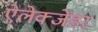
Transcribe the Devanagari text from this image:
ऐलेक्जेंडर